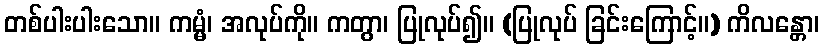
တစ်ပါးပါးသော။ ကမ္မံ၊ အလုပ်ကို။ ကတွာ၊ ပြုလုပ်၍။ (ပြုလုပ် ခြင်းကြောင့်။) ကိလန္တော၊